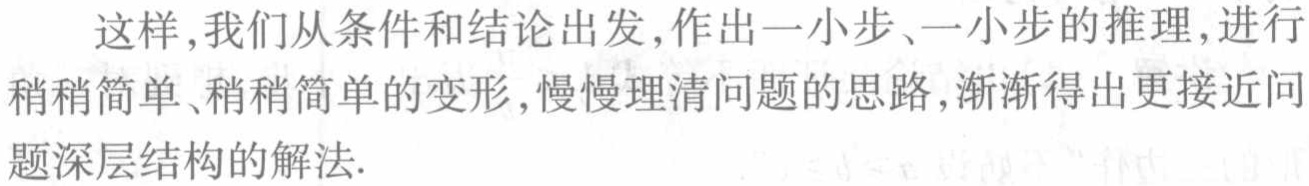
这样,我们从条件和结论出发,作出一小步、一小步的推理,进行稍稍简单、稍稍简单的变形,慢慢理清问题的思路,渐渐得出更接近问题深层结构的解法.